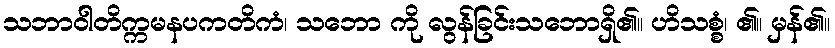
သဘာဝါတိက္ကမနပကတိကံ၊ သဘော ကို လွန်ခြင်းသဘောရှိ၏။ ဟိသစ္စံ၊ ၏။ မှန်၏။